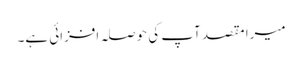
میرا مقصد آپ کی حوصلہ افزائی ہے۔